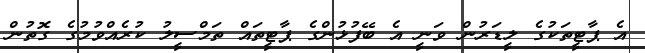
އެ ޕާޓީތަކުގެ ލީޑަރުން ވަނީ އެ ބޭފުޅުންގެ ޕާޓީތައް ތަމްސީލު ކުރެއްވުމުގެ ގޮތުން